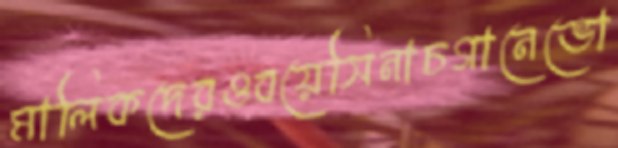
মালিকদেরওবয়েসিনাচগানেভো